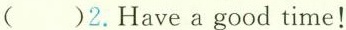
( )2.Have a good time！